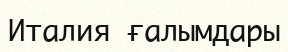
Италия ғалымдары